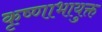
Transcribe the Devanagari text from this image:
कृष्णाभायुक्त